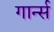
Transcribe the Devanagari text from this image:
गार्न्स